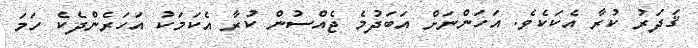
ޤަދަރު ކުރާ އެކަކެވެ. އަހަންނަށް އަބަދުމެ ޖެއްސުން ކުރާ އެކަމަކު އަހަރެންދެކެ ހަމަ